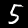
Label: 5